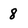
Character: 8